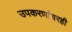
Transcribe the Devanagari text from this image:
उपकरणांवरही